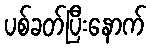
ပစ်ခတ်ပြီးနောက်